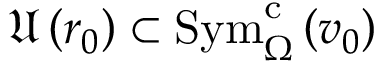
\mathfrak { U } \left( r _ { 0 } \right) \subset \mathrm { S y m } _ { \Omega } ^ { \mathrm { c } } \left( v _ { 0 } \right)